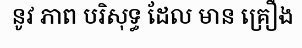
នូវ ភាព បរិសុទ្ធ ដែល មាន គ្រឿង